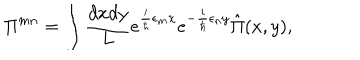
\Pi ^ { m n } = \int { \frac { d x d y } { L } } e ^ { { \frac { i } { \hbar } } \epsilon _ { m } x } e ^ { - { \frac { i } { \hbar } } \epsilon _ { n } y } \hat { \Pi } ( x , y ) ,